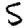
Digit: 5